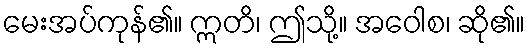
မေးအပ်ကုန်၏။ ဣတိ၊ ဤသို့။ အဝေါစ၊ ဆို၏။